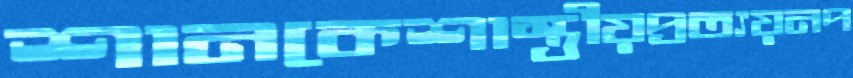
শানকেশাস্ত্রীয়প্রত্যয়নপ